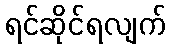
ရင်ဆိုင်ရလျက်